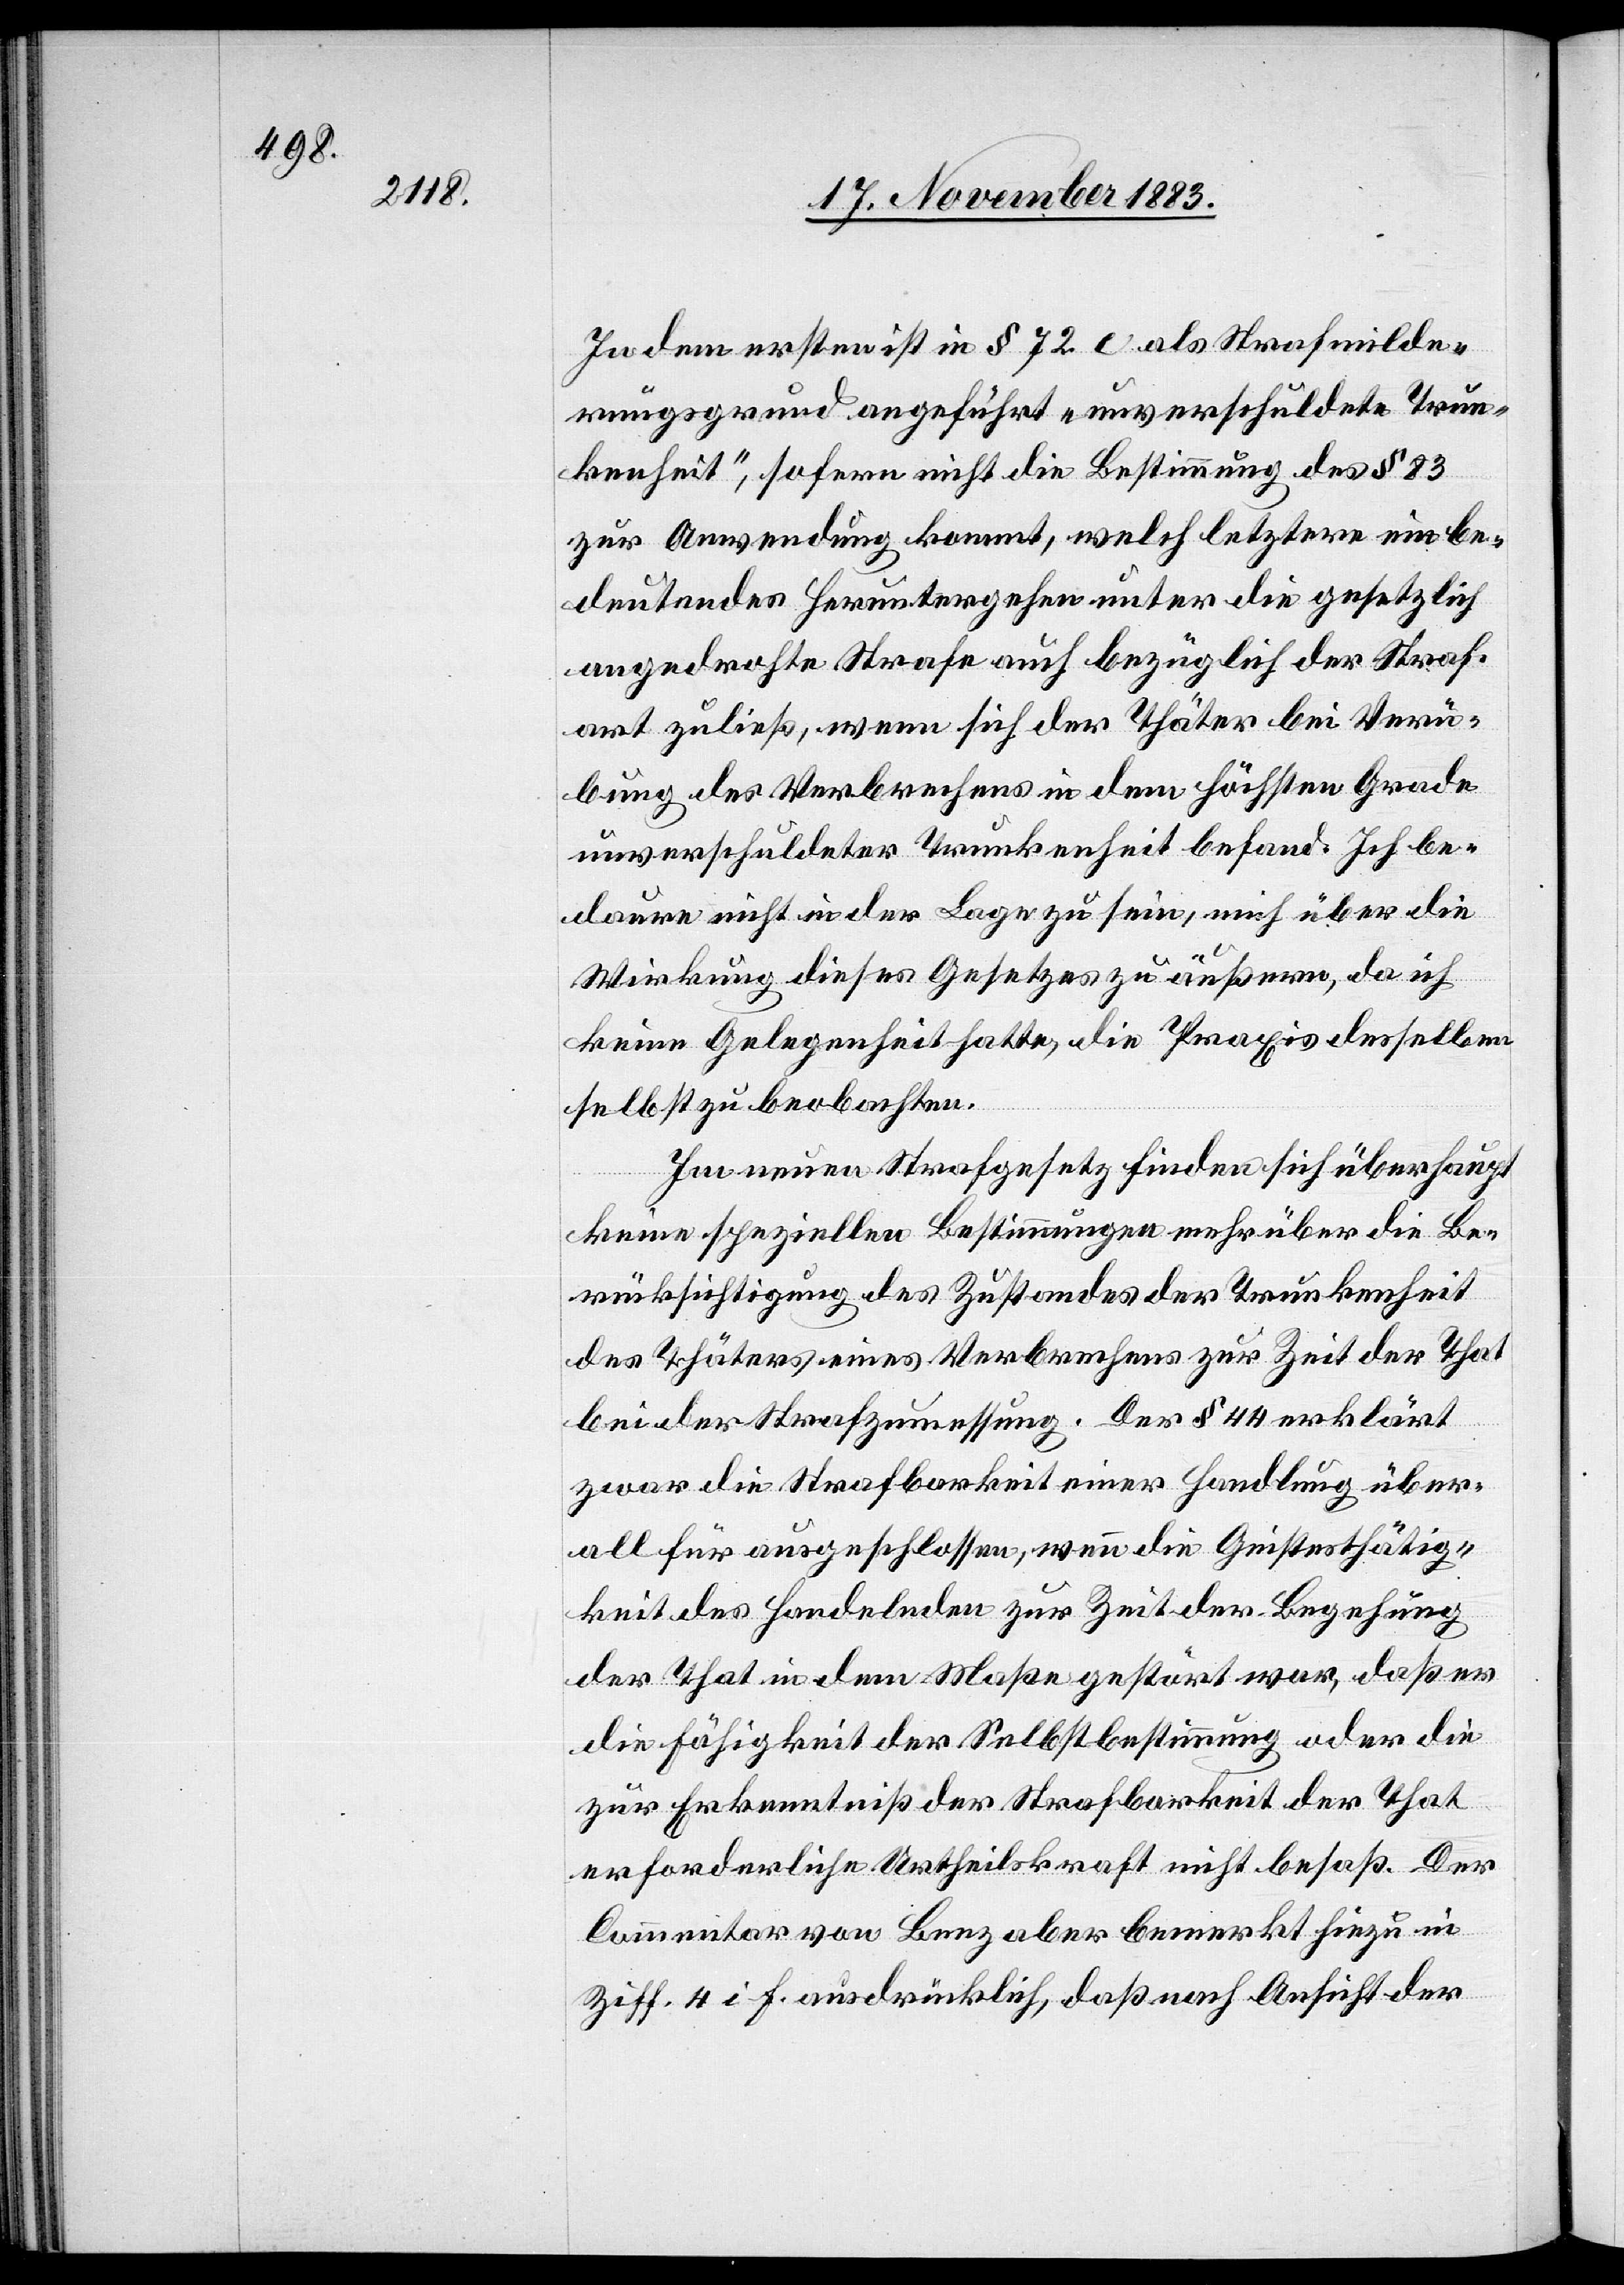
In dem ersten ist in § 72 c. als Strafminde¬
rungsgrund angeführt „unverschuldete Trun¬
kenheit“, sofern nicht die Bestimmung des § 83
zur Anwendung kommt, welch letztere ein be¬
deutendes Heruntergehen unter die gesetzlich
angedrohte Strafe auch bezüglich der Straf¬
art zuließ, wenn sich der Thäter bei Verü¬
bung des Verbrechens in dem höchsten Grade
unverschuldeter Trunkenheit befand. Ich be¬
daure nicht in der Lage zu sein, mich über die
Wirkung dieses Gesetzes zu äußern, da ich
keine Gelegenheit hatte, die Praxis desselben
selbst zu beobachten.
Im neuen Strafgesetzbuch finden sich überhaupt
keine speziellen Bestimmungen mehr über die Be¬
rücksichtigung des Zustandes der Trunkenheit
des Thäters eines Verbrechens zur Zeit der That
bei der Strafzumessung. Der § 44 erklärt
zwar die Strafbarkeit einer Handlung über¬
all für ausgeschlossen, wenn die Geistesthätig¬
keit des Handelnden zur Zeit der Begehung
der That in dem Maße gestört war, daß er
die Fähigkeit der Selbstbestimmung oder die
zur Erkenntniß der Strafbarkeit der That
erforderliche Urtheilskraft nicht besaß. Der
Commentar von Benz aber bemerkt hiezu in
Ziff. 4 i. f. ausdrücklich, daß nach Ansicht der